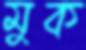
মুক